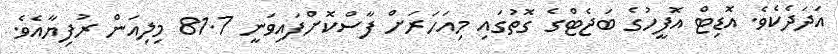
އަދަދެކެވެ. އޮޑިޓް އޮފީހުގެ ބަޖެޓްގެ ގޮތުގައި މިއަހަރަށް ފާސްކޮށްފައިވަނީ 81.7 މިލިއަން ރުފިޔާއެވެ.